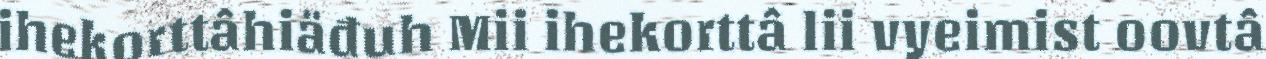
ihekorttâhiäđuh Mii ihekorttâ lii vyeimist oovtâ